Vaccination in Burma 1889-1999 - 1889-1999
Year: 1889
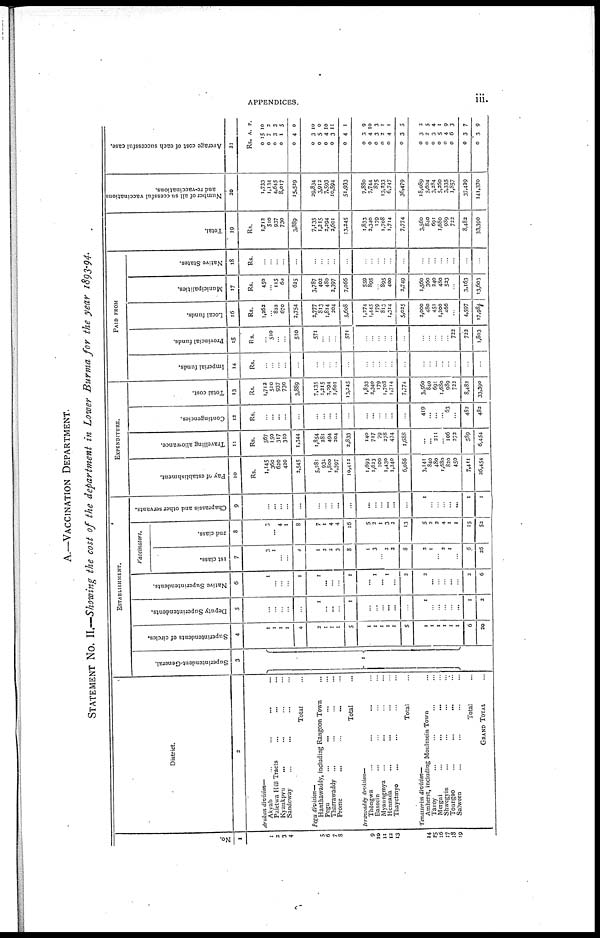
APPENDICES.
iii.
A.—VACCINATION DEPARTMENT.
STATEMENT No. II.—Showing the cost of the department in Lower Burma for the year 1893-94.
No.
1
1
2
3
4
5
6
7
8
9
10
11
12
13
14
15
16
17
18
19
District.
2
Arakan division—
Akyab
...
...
...
Paletwa Hill Tracts... ... ...
Kyaukpyu... ... ...
Sandoway... ... ...
Total...
Pegu division—
Hanthawaddy, including Rangoon Town...
Pegu... ...
Tharrawaddy... ... ...
Prome... ...
Total...
Irrawaddy division—
Thongwa... ... ...
Bassein... ... ...
Myaungmya...
...
...
Henzada...
...
...
Thayetmyo... ... ...
Total...
Tenusserim division—
Amherst, including Moulmein Town...
Tavoy... ... ...
Mergui...
...
...
Shwegyin... ... ...
Toungoo... ... ...
Salween... ... ...
Total...
GRAND TOTAL...
ESTABLISHMENT.
Superintendent-General.
3
...
...
Superintendents of circles.
4
1
1
1
1
4
2
1
1
1
5
...
...
...
...
...
5
...
...
...
...
...
...
6
20
Deputy Superintendents.
5
...
...
...
...
...
1
...
...
...
1
...
...
...
...
...
...
1
...
...
...
...
...
1
2
Native Superintendents.
6
1
...
...
...
1
1
...
...
...
1
... 1
... 1
...
2
2
...
...
...
...
...
2
6
Vaccinators.
1st class.
7
3
1
...
...
0
1
2
2
3
8
1
3
... 2
2
8
2
1
... 2
1
...
6
26
2nd class.
8
3
... 4
1
8
7
1
4
4
16
5
2
1
3
2
13
5
2
2
4
1
1
15
52
Chaprassis and other servants.
9
...
...
...
...
...
...
...
...
...
...
...
...
...
...
...
...
1
...
...
...
...
...
1
1
EXPENDITURE.
Pay of establishment.
10
Rs.
1,145
360
620
420
2,545
5,381
934
1,800
2,397
10,412
1,693
1,623
100
1,430
1,240
6,086
3,141
840
480
1,680
820
450
7,411
26,454
Travelling allowance.
11
Rs.
567
150
317
310
1,344
1,854
281
494
204
2,833
140
717
79
278
474
1,688
...
... 211
... 106
272
589
6,454
Contingencies.
12
Rs.
...
...
...
...
...
...
...
...
...
...
...
...
...
...
...
...
419
...
...
... 63
...
482
482
Total cost.
13
Rs.
1,712
510
937
730
3,889
7,135
1,215
2,294
2,601
13,245
1,833
2,340
179
1,703
1,714
7,774
3,560
840
691
l,680
989
722
8,482
33,390
PAID FROM
Imperial funds.
14
Rs.
...
...
...
...
...
...
...
...
...
...
...
...
...
...
...
...
...
...
...
...
...
...
...
...
Provincial funds.
15
Rs.
... 510
...
...
510
571
...
...
...
571
...
...
...
...
...
...
...
...
...
...
... 722
722
1,803
Local funds.
16
Rs.
1,262
... 822
670
2,754
2,777
813
1,814
204
5,608
1,274
1,445
179
813
1,314
5,025
2,000
480
451
1,200
466
...
4,597
17,984
Municipalities.
17
Rs.
450
... 115
60
625
3,787
402
480
2,397
7,066
559
895
... 895
400
2,749
1,560
360
240
480
523
...
3,163
13,603
Native States.
18
Rs.
...
...
...
...
...
...
...
...
...
...
...
...
...
...
...
...
...
...
...
...
...
...
...
...
Total.
19
Rs.
1,712
510
937
730
3,889
7,135
1,215
2,294
2,601
13,245
1,833
2,340
179
1,708
1,714
7,774
3,560
840
691
l,680
989
722
8,482
33,390
Number of all successful vaccinations
and re-vaccinations.
20
1,733
1,134
4,645
8,017
15,529
29,834
3,912
7,593
10,594
51,933
7,880
7,744
875
13,233
6,747
36,479
18,089
5,604
3,284
5,260
3,335
1,857
37,429
141,370
Average cost of each successful case.
21
Rs.
0
0
0
0
0
0
0
0
0
0
0
0
0
0
0
0
0
0
0
0
0
0
0
0
A
15
7
3
1
4
3
5
4
3
4
3
4
3
2
4
3
3
2
3
5
4
6
3
3
P.
10
2
3
5
0
10
0
10
11
1
9
10
3
1
1
5
2
5
4
1
9
3
7
9